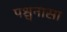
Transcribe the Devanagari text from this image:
पश्चनासा